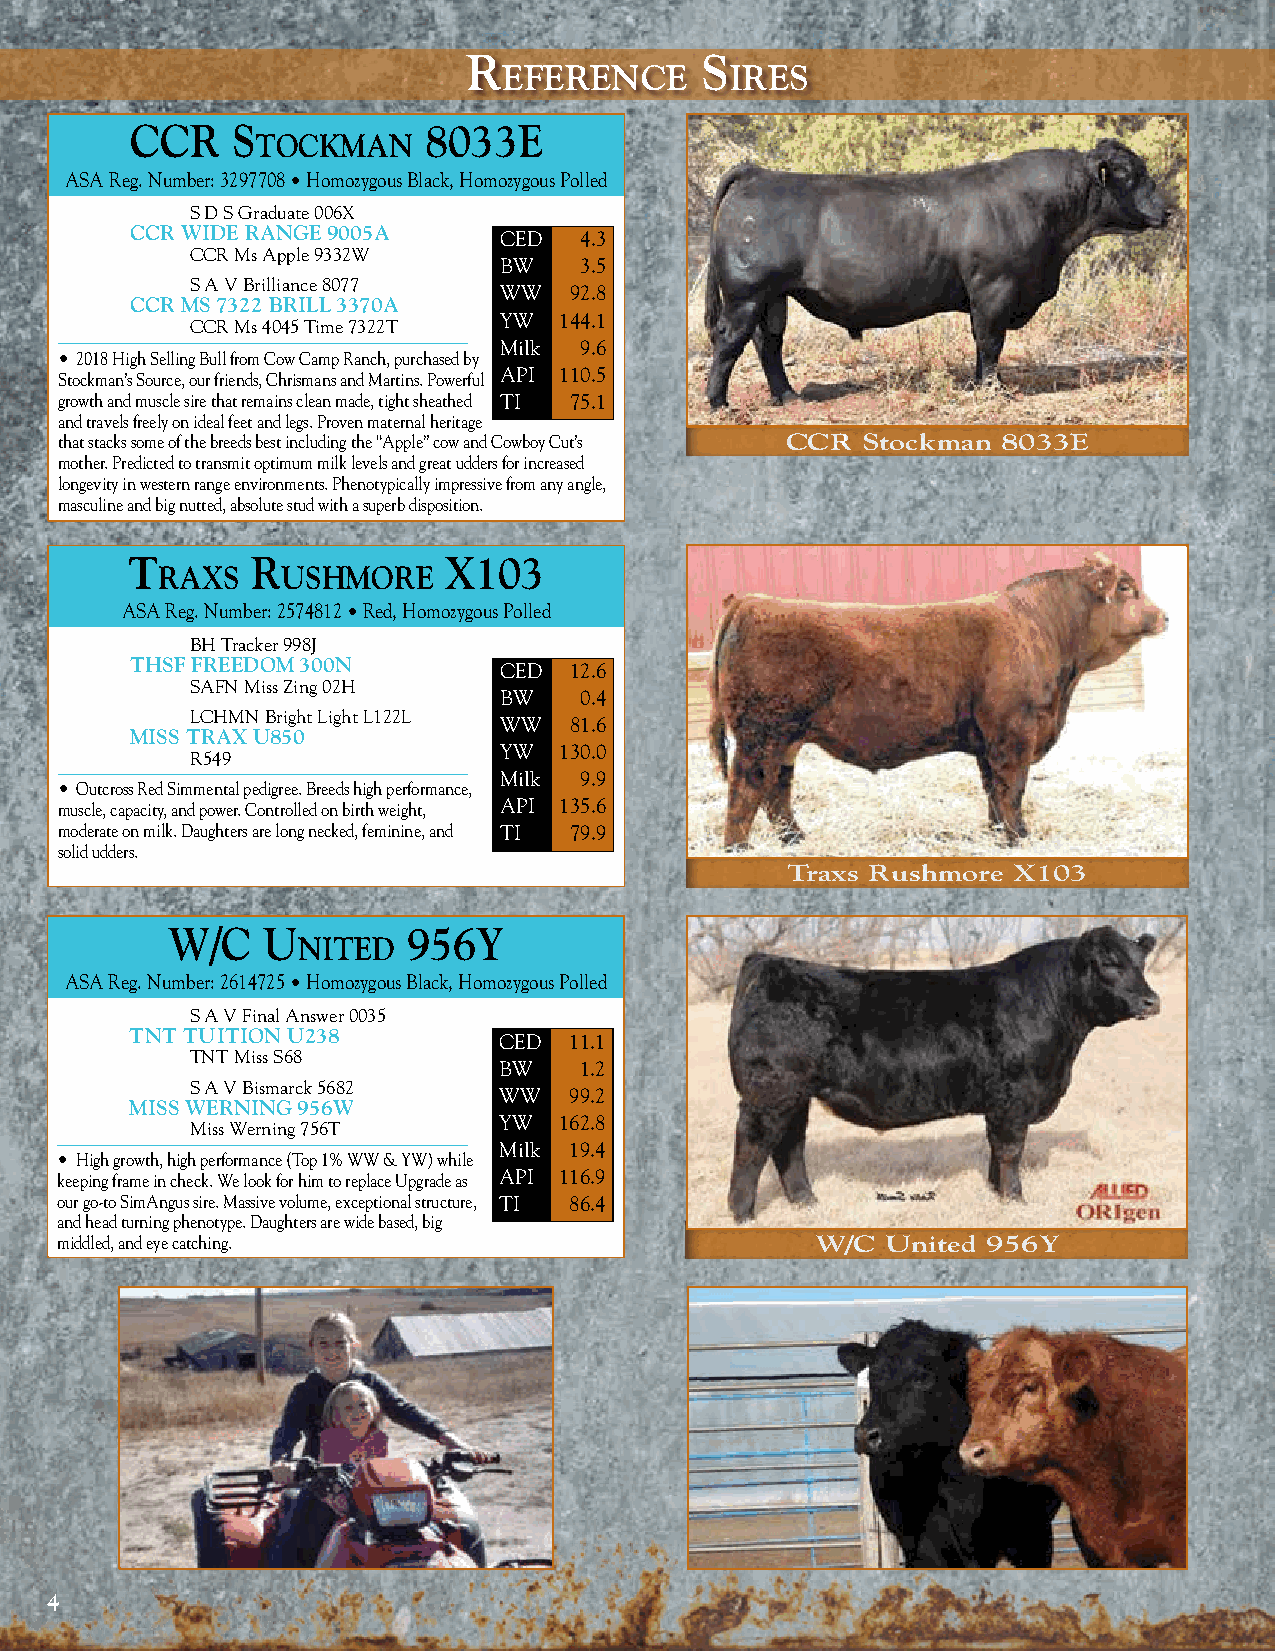
R              s
 eFeRenCe       iRes
 CCr   S            8033e
 toCkman
 ASA Reg. Number: 3297708 • Homozygous Black, Homozygous Polled
 S D S Graduate 006X
 ccr WiDe rAnge 9005A    CED  4.3
 CCR Ms Apple 9332W
 BW   3.5
 S A V Brilliance 8077
 WW   92.8
 ccr ms 7322 Brill 3370A
 YW  144.1
 CCR Ms 4045 Time 7322T
 Milk 9.6
 • 2018 High Selling Bull from Cow Camp Ranch, purchased by
 Stockman’s Source, our friends, Chrismans and Martins. Powerful API 110.5
 growth and muscle sire that remains clean made, tight sheathed TI 75.1
 and travels freely on ideal feet and legs. Proven maternal heritage
 that stacks some of the breeds best including the “Apple” cow and Cowboy Cut’s CCR Stockman 8033E
 mother. Predicted to transmit optimum milk levels and great udders for increased
 longevity in western range environments. Phenotypically impressive from any angle,
 masculine and big nutted, absolute stud with a superb disposition.
 t        r           x103
 raxS     uShmore
 ASA Reg. Number: 2574812 • Red, Homozygous Polled
 BH Tracker 998J
 tHsF FreeDOm 300n       CED  12.6
 SAFN Miss Zing 02H
 BW   0.4
 LCHMN Bright Light L122L
 WW   81.6
 miss trAx u850
 YW  130.0
 R549
 Milk 9.9
 • Outcross Red Simmental pedigree. Breeds high performance,
 muscle, capacity, and power. Controlled on birth weight, API 135.6
 moderate on milk. Daughters are long necked, feminine, and TI 79.9
 solid udders.
 Traxs Rushmore X103
 w/C   u         956y
 nited
 ASA Reg. Number: 2614725 • Homozygous Black, Homozygous Polled
 S A V Final Answer 0035
 tnt tuitiOn u238        CED  11.1
 TNT Miss S68
 BW   1.2
 S A V Bismarck 5682
 WW   99.2
 miss Werning 956W
 YW  162.8
 Miss Werning 756T
 Milk 19.4
 • High growth, high performance (Top 1% WW & YW) while
 keeping frame in check. We look for him to replace Upgrade as API 116.9
 our go-to SimAngus sire. Massive volume, exceptional structure, TI 86.4
 and head turning phenotype. Daughters are wide based, big
 middled, and eye catching.                        W/C  United 956Y
 4